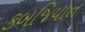
કબજિયાત